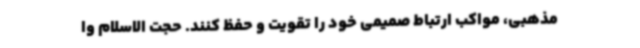
مذهبی، مواکب ارتباط صمیمی خود را تقویت و حفظ کنند. حجت الاسلام وا